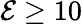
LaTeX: \mathcal{E}\geq10